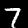
Label: 7